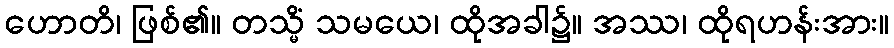
ဟောတိ၊ ဖြစ်၏။ တသ္မိံ သမယေ၊ ထိုအခါ၌။ အဿ၊ ထိုရဟန်းအား။